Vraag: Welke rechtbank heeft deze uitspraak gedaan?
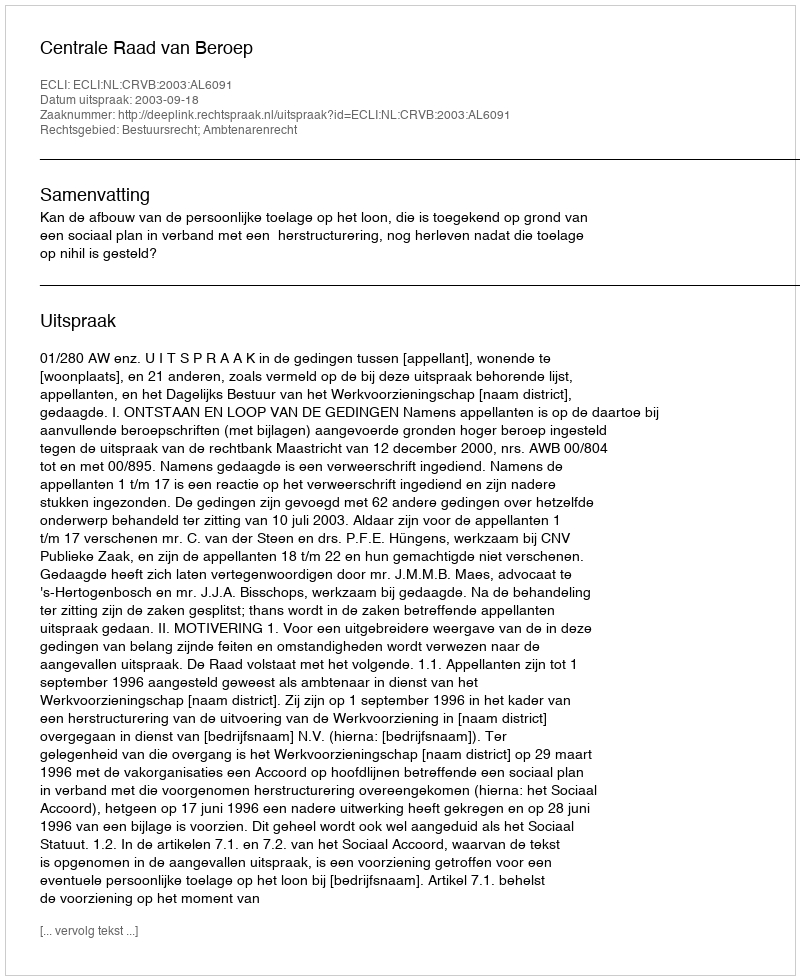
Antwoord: Centrale Raad van Beroep